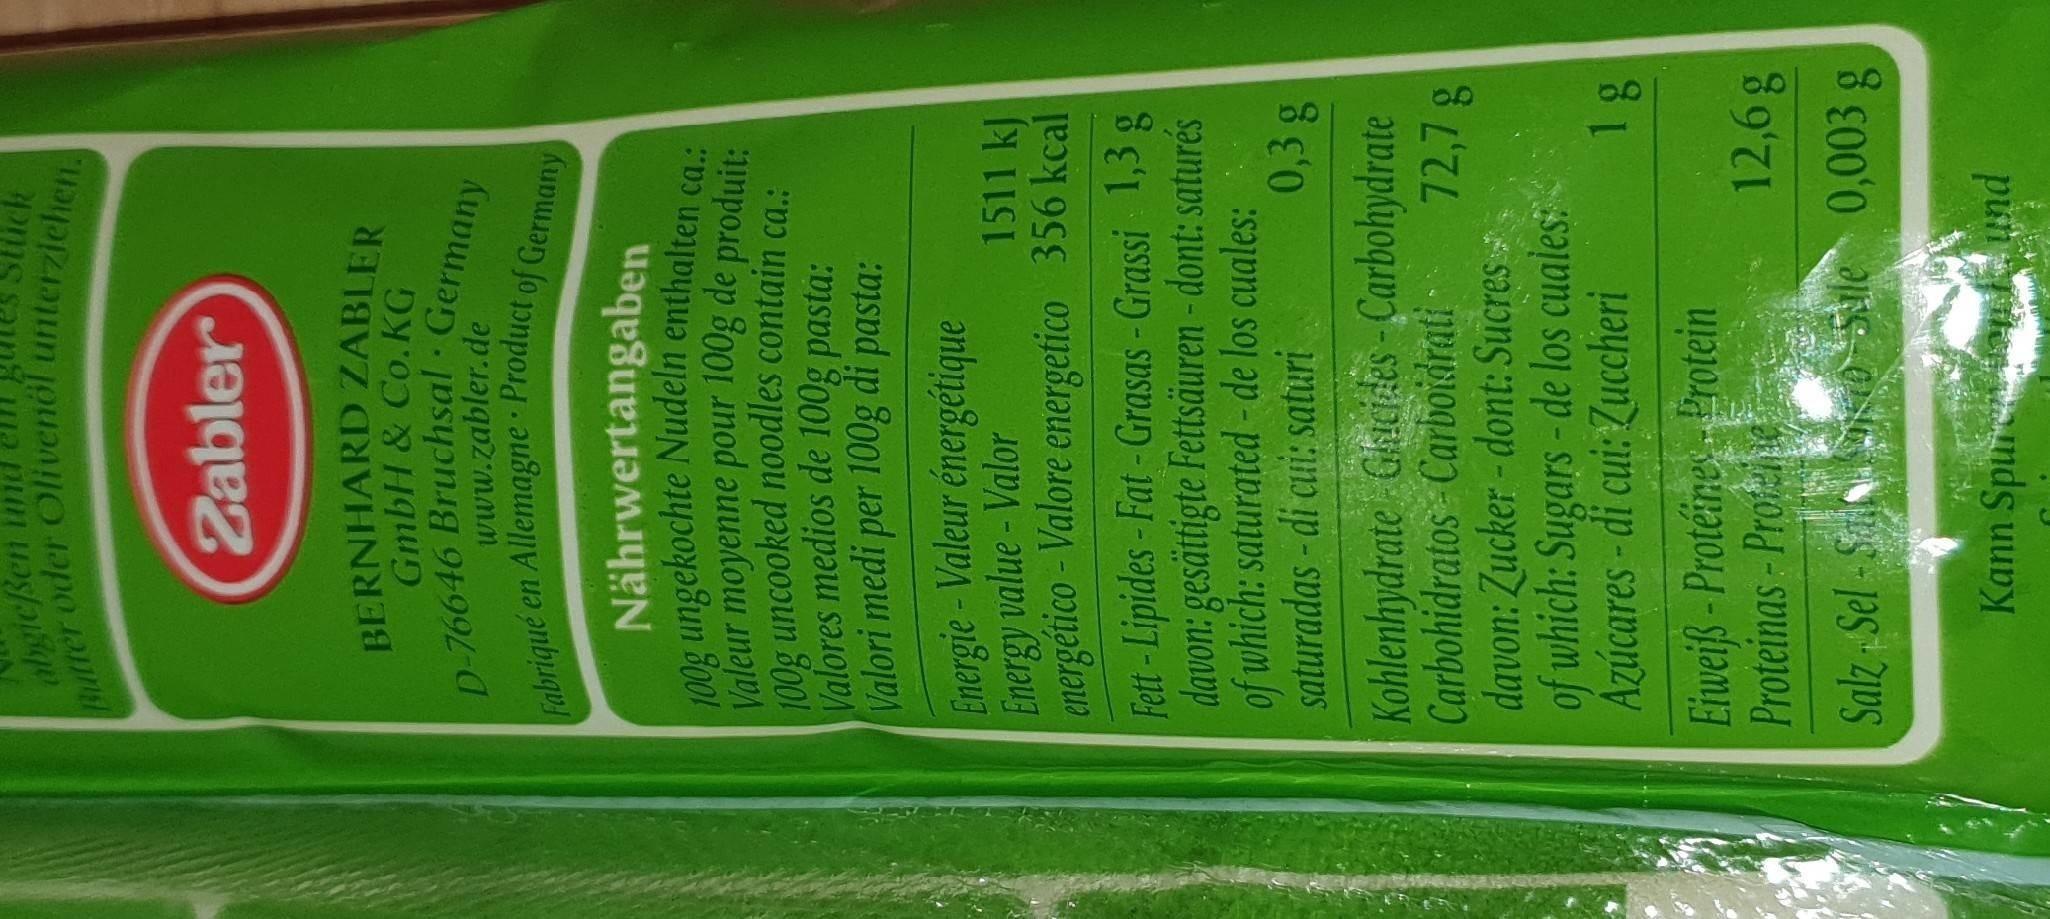
abgic/Ben
9oatter oder Olivenöl unterziehen.
Zabler
BERNHARD ZABLER GmbH & Co.KG
D-76646 Bruchsal Germany Fabrique en Allemagne Product of Germany
www.zabler.de
Nährwertangaben
Valeur moyenne pour 100g de produit: 100g uncooked noodles contain ca.: Valores medios de 100g pasta: Valori medi per 100g di pasta:
100g ungekochte Nudeln enthalten ca.:
Energie-Valeur énergétique Energy value - Valor energético - Valore energetico 356 kcal Fett -Lipides-Fat -Grasas - Grassi 1,3 g davon: gesättigte Fettsäuren - dont: saturés of which: saturated -de los cuales: saturadas - di cui: saturi
1511 kJ
0,3g
Kohlenhydrate Ghucizes -Carbohydrate Carbohidratos Carboidrati -
72,78
davon: Zucker - dont: Sucres of which: Sugars-de los cuales: Azúcares - di cui: Zuccheri
1.
Eiweiß -Protéines rotein Proteinas - Profee
12,6g
Salz Sel-S so Sale 0,003 g
pun len va nds uup